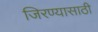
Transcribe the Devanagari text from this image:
जिरण्यासाठी